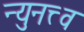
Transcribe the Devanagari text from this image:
न्युनत्त्व